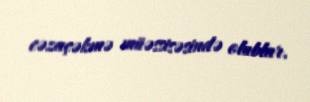
cəzaçəkmə müəssisəsində olublar.